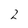
Character: 2